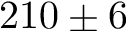
2 1 0 \pm 6